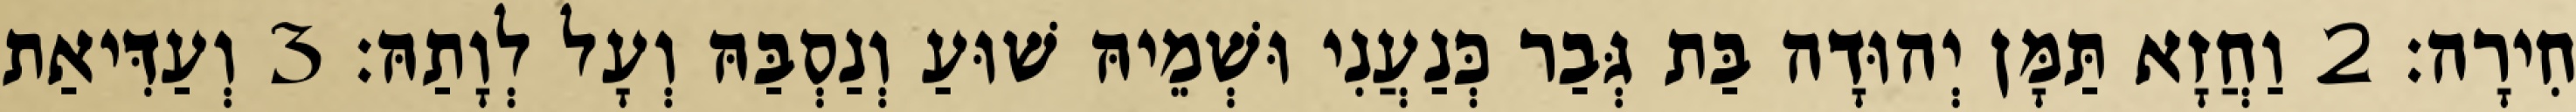
חִירָה׃ 2 וַחֲזָא תַּמָּן יְהוּדָה בַּת גְּבַר כְּנַעֲנִי וּשְׁמֵיהּ שׁוּעַ וְנַסְבַּהּ וְעָל לְוָתַהּ׃ 3 וְעַדִּיאַת